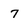
Character: 7